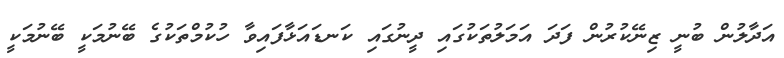
އަދާލުން ބުނީ ޒިނޭކުރުން ފަދަ އަމަލުތަކުގައި ދީނުގައި ކަނޑައަޅާފައިވާ ހުކުމްތަކުގެ ބޭނުމަކީ ބޭނުމަކީ